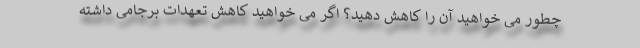
چطور می خواهید آن را کاهش دهید؟ اگر می خواهید کاهش تعهدات برجامی داشته